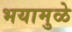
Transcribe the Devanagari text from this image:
भयामुळे